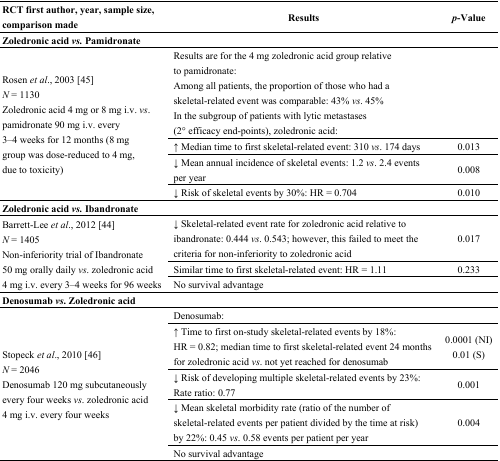
| RCT first author, year, sample size, comparison made | Results | p-Value |
 | --- | --- | --- |
 | <COLSPAN=3> Zoledronic acid vs. Pamidronate |
 | <ROWSPAN=4> Rosen et al., 2003 [45] N = 1130 Zoledronic acid 4 mg or 8 mg i.v. vs. pamidronate 90 mg i.v. every 3–4 weeks for 12 months (8 mg group was dose-reduced to 4 mg, due to toxicity) | Results are for the 4 mg zoledronic acid group relative to pamidronate: Among all patients, the proportion of those who had a skeletal-related event was comparable: 43% vs. 45% In the subgroup of patients with lytic metastases (2° efficacy end-points), zoledronic acid: |  |
 | ↑ Median time to first skeletal-related event: 310vs. 174 days | 0.013 |
 | ↓ Mean annual incidence of skeletal events: 1.2vs. 2.4 events per year | 0.008 |
 | ↓ Risk of skeletal events by 30%: HR = 0.704 | 0.010 |
 | <COLSPAN=3> Zoledronic acid vs. Ibandronate |
 | <ROWSPAN=3> Barrett-Lee et al., 2012 [44] N = 1405 Non-inferiority trial of Ibandronate 50 mg orally daily vs. zoledronic acid 4 mg i.v. every 3–4 weeks for 96 weeks | ↓ Skeletal-related event rate for zoledronic acid relative to ibandronate: 0.444vs. 0.543; however, this failed to meet the criteria for non-inferiority to zoledronic acid | 0.017 |
 | Similar time to first skeletal-related event: HR = 1.11 | 0.233 |
 | No survival advantage |  |
 | <COLSPAN=3> Denosumab vs. Zoledronic acid |
 | <ROWSPAN=5> Stopeck et al., 2010 [46] N = 2046 Denosumab 120 mg subcutaneously every four weeks vs. zoledronic acid 4 mg i.v. every four weeks | Denosumab: |  |
 | ↑ Time to first on-study skeletal-related events by 18%: HR = 0.82; median time to first skeletal-related event 24 months for zoledronic acidvs. not yet reached for denosumab | 0.0001 (NI) 0.01 (S) |
 | ↓ Risk of developing multiple skeletal-related events by 23%: Rate ratio: 0.77 | 0.001 |
 | ↓ Mean skeletal morbidity rate (ratio of the number of skeletal-related events per patient divided by the time at risk) by 22%: 0.45 vs. 0.58 events per patient per year | 0.004 |
 | No survival advantage |  |